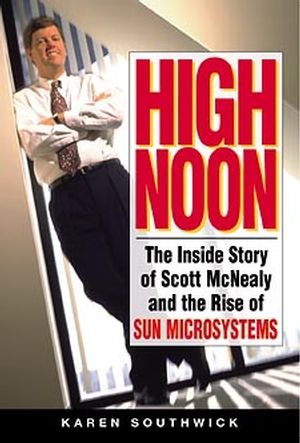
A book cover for High Noon: The Inside Story of Scott McNealy and the Rise of Sun Microsystems; Karen Southwick; Computers & Technology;